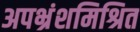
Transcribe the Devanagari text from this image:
अपभ्रंशमिश्रित